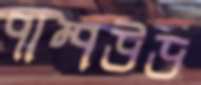
পাম্পউড